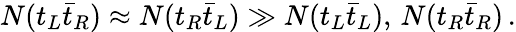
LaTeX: N(t_{L}\bar{t}_{R})\approx N(t_{R}\bar{t}_{L})\gg N(t_{L}\bar{t}_{L}),\, N(t_{R}\bar{t}_{R})\, .